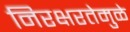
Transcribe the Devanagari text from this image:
निरक्षरतेमुळे